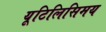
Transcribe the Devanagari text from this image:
यूटिलिसिमय